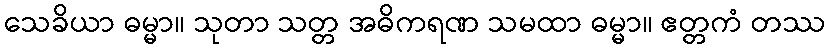
သေခိယာ ဓမ္မာ။ သုတာ သတ္တ အဓိကရဏ သမထာ ဓမ္မာ။ ဧတ္တကံ တဿ